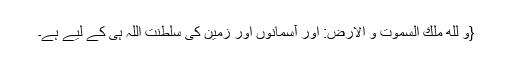
{وَ لِلّٰهِ مُلْكُ السَّمٰوٰتِ وَ الْاَرْضِ: اور آسمانوں اور زمین کی سلطنت اللہ ہی کے لیے ہے۔